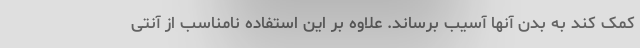
کمک کند به بدن آنها آسیب برساند. علاوه بر این استفاده نامناسب از آنتی